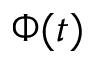
\Phi ( t )